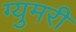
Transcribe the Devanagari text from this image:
ग्युमरी